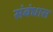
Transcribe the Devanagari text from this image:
संबंधास